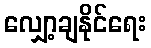
လျှော့ချနိုင်ရေး